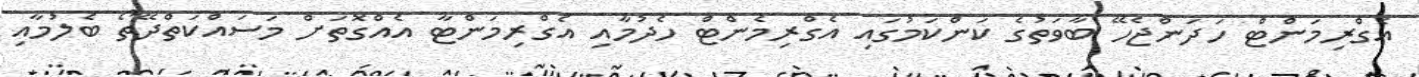
އެގްރިމަންޓް ހަދަންޖެހޭ ބާވަތުގެ ކަންކަމުގައި އެގްރިމެންޓް ހެދުމާއި އެގްރިމަންޓާ އެއްގޮތަށް މަސައްކަތްދޭތޯ ބެލުމާއި